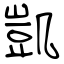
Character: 凱